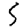
Digit: 5